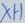
Text: X1-1